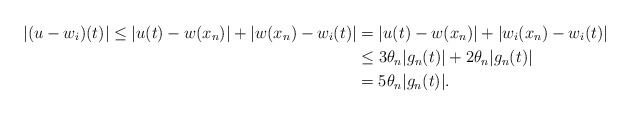
\begin{align*} |(u - w_i)(t)| \leq |u(t) - w(x_n)| + |w(x_n) - w_i(t)|& = |u(t) - w (x_n)| + |w_i(x_n)- w_i (t)| \\& \leq 3 \theta_n |g_n(t)| + 2 \theta_n |g_n(t) |\\& = 5 \theta_n |g_n (t)|. \end{align*}